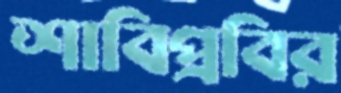
শাবিপ্রবির